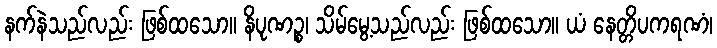
နက်နဲသည်လည်း ဖြစ်ထသော။ နိပုဏဉ္စ၊ သိမ်မွေ့သည်လည်း ဖြစ်ထသော။ ယံ နေတ္တိပကရဏံ၊